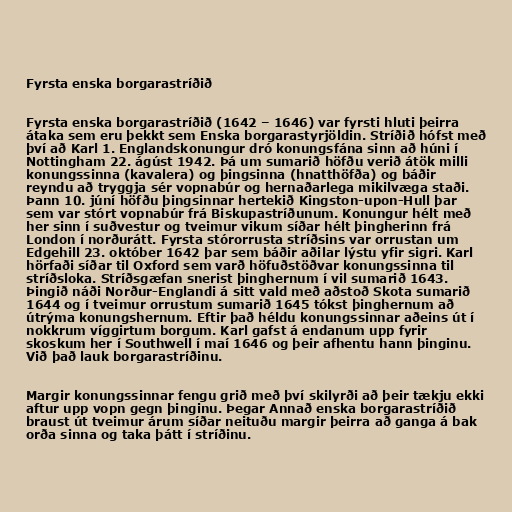
Fyrsta enska borgarastríðið

Fyrsta enska borgarastríðið (1642 – 1646) var fyrsti hluti þeirra
átaka sem eru þekkt sem Enska borgarastyrjöldin. Stríðið hófst með
því að Karl 1. Englandskonungur dró konungsfána sinn að húni í
Nottingham 22. ágúst 1942. Þá um sumarið höfðu verið átök milli
konungssinna (kavalera) og þingsinna (hnatthöfða) og báðir
reyndu að tryggja sér vopnabúr og hernaðarlega mikilvæga staði.
Þann 10. júní höfðu þingsinnar hertekið Kingston-upon-Hull þar
sem var stórt vopnabúr frá Biskupastríðunum. Konungur hélt með
her sinn í suðvestur og tveimur vikum síðar hélt þingherinn frá
London í norðurátt. Fyrsta stórorrusta stríðsins var orrustan um
Edgehill 23. október 1642 þar sem báðir aðilar lýstu yfir sigri. Karl
hörfaði síðar til Oxford sem varð höfuðstöðvar konungssinna til
stríðsloka. Stríðsgæfan snerist þinghernum í vil sumarið 1643.
Þingið náði Norður-Englandi á sitt vald með aðstoð Skota sumarið
1644 og í tveimur orrustum sumarið 1645 tókst þinghernum að
útrýma konungshernum. Eftir það héldu konungssinnar aðeins út í
nokkrum víggirtum borgum. Karl gafst á endanum upp fyrir
skoskum her í Southwell í maí 1646 og þeir afhentu hann þinginu.
Við það lauk borgarastríðinu.

Margir konungssinnar fengu grið með því skilyrði að þeir tækju ekki
aftur upp vopn gegn þinginu. Þegar Annað enska borgarastríðið
braust út tveimur árum síðar neituðu margir þeirra að ganga á bak
orða sinna og taka þátt í stríðinu.